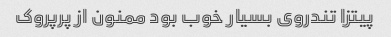
پیتزا تندروی بسیار خوب بود ممنون از پرپروک